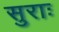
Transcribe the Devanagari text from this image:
सुराः